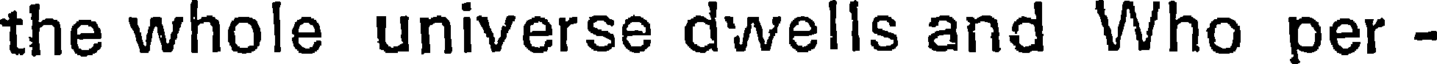
the whole universe dwells and Who per -